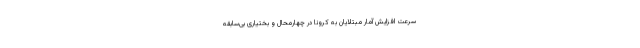
سرعت افزایش آمار مبتلایان به کرونا در چهارمحال و بختیاری بی‌سابقه